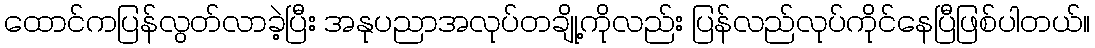
ထောင်ကပြန်လွတ်လာခဲ့ပြီး အနုပညာအလုပ်တချို့ကိုလည်း ပြန်လည်လုပ်ကိုင်နေပြီဖြစ်ပါတယ်။